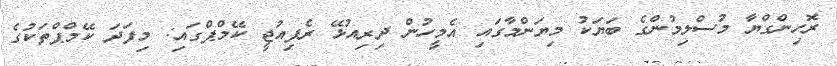
ރޮހިންގްޔާ މުސްލިމުންގެ ބަޔަކު މިޔަންމާގައި އެމީހުން ދިރިއުޅޭ ރެފިއުޖީ ކޭމްޕްގައި: މިފަދަ ކޭމްޕްތަކުގެ